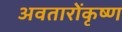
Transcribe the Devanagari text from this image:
अवतारोंकृष्ण